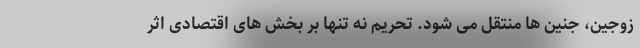
زوجین، جنین ها منتقل می شود. تحریم نه تنها بر بخش های اقتصادی اثر